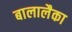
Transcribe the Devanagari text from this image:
बालालैका